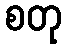
စတု